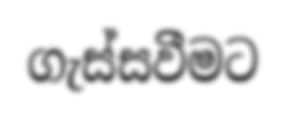
ගැස්සවීමට